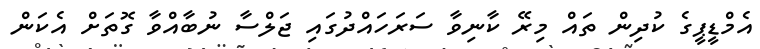
އެމްޑީޕީގެ ކުދިން ތައް މިރޭ ކާނިވާ ސަރަހައްދުގައި ޖަލްސާ ނުބާއްވާ ގޮތަށް އެކަން